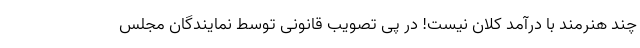
چند هنرمند با درآمد کلان نیست! در پی تصویب قانونی توسط نمایندگان مجلس